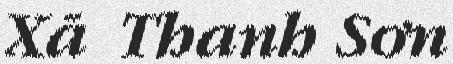
Xã Thanh Sơn